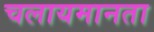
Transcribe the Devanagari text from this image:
चलायमानता